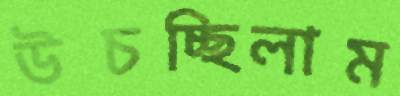
উচচ্ছিলাম